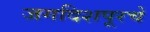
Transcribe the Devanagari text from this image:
जगदिशपूरचे